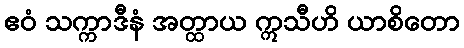
ဧဝံ သက္ကာဒီနံ အတ္ထာယ ဣသီဟိ ယာစိတော